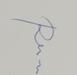
Signature authenticity: genuine